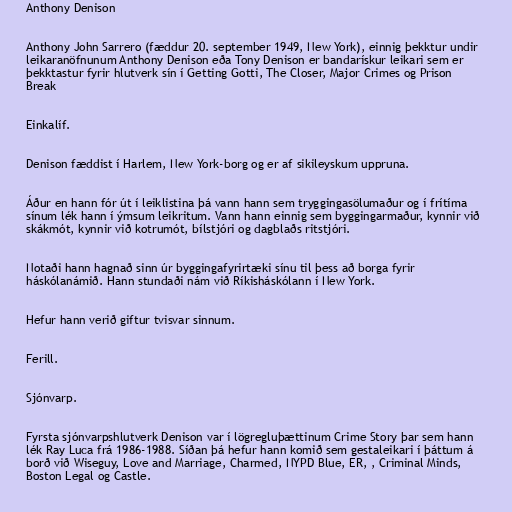
Anthony Denison

Anthony John Sarrero (fæddur 20. september 1949, New York), einnig þekktur undir
leikaranöfnunum Anthony Denison eða Tony Denison er bandarískur leikari sem er
þekktastur fyrir hlutverk sín í Getting Gotti, The Closer, Major Crimes og Prison
Break

Einkalíf.

Denison fæddist í Harlem, New York-borg og er af sikileyskum uppruna.

Áður en hann fór út í leiklistina þá vann hann sem tryggingasölumaður og í frítíma
sínum lék hann í ýmsum leikritum. Vann hann einnig sem byggingarmaður, kynnir við
skákmót, kynnir við kotrumót, bílstjóri og dagblaðs ritstjóri.

Notaði hann hagnað sinn úr byggingafyrirtæki sínu til þess að borga fyrir
háskólanámið. Hann stundaði nám við Ríkisháskólann í New York.

Hefur hann verið giftur tvisvar sinnum.

Ferill.

Sjónvarp.

Fyrsta sjónvarpshlutverk Denison var í lögregluþættinum Crime Story þar sem hann
lék Ray Luca frá 1986-1988. Síðan þá hefur hann komið sem gestaleikari í þáttum á
borð við Wiseguy, Love and Marriage, Charmed, NYPD Blue, ER, , Criminal Minds,
Boston Legal og Castle.